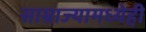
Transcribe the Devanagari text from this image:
साम्राज्यामध्येही